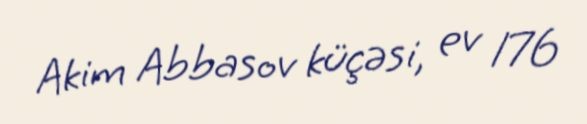
Akim Abbasov küçəsi, ev 176